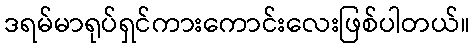
ဒရမ်မာရုပ်ရှင်ကားကောင်းလေးဖြစ်ပါတယ်။